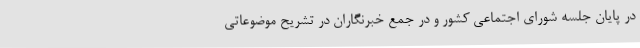
در پایان جلسه شورای اجتماعی کشور و در جمع خبرنگاران در تشریح موضوعاتی